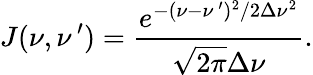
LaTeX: J(\nu,\nu\, ^{\prime})=\frac{e^{-(\nu-\nu\, ^{\prime})^{2}/2\Delta\nu^{2}}}{\sqrt{2\pi}\Delta\nu}.